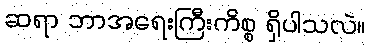
ဆရာ ဘာအရေးကြီးကိစ္စ ရှိပါသလဲ။